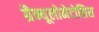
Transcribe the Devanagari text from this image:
ग्रैन्यूलोमेटोसिस